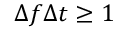
\Delta f \Delta t \geq 1